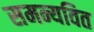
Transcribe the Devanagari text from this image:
समन्यवित